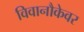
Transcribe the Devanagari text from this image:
विवानौकेवर